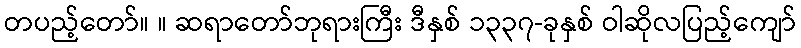
တပည့်တော်။ ။ ဆရာတော်ဘုရားကြီး ဒီနှစ် ၁၃၃၇-ခုနှစ် ဝါဆိုလပြည့်ကျော်